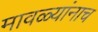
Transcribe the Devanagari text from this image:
मावळ्यांनाच